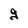
Character: g